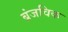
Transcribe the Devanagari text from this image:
ब्रंजविक